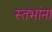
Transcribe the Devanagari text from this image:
स्तंभांना